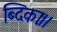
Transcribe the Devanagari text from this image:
ब्दिकाः।।